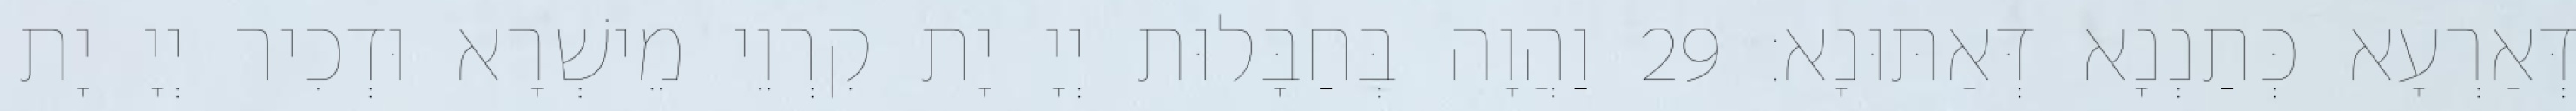
דְּאַרְעָא כְּתַנְנָא דְּאַתּוּנָא׃ 29 וַהֲוָה בְּחַבָּלוּת יְיָ יָת קִרְוֵי מֵישְׁרָא וּדְכִיר יְיָ יָת